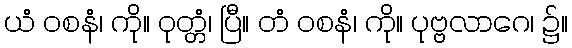
ယံ ဝစနံ၊ ကို။ ဝုတ္တံ၊ ပြီ။ တံ ဝစနံ၊ ကို။ ပုဗ္ဗလာဂေ၊ ၌။